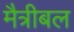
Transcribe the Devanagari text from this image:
मैत्रीबल